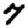
Digit: 7